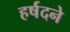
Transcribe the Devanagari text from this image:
हर्षदने